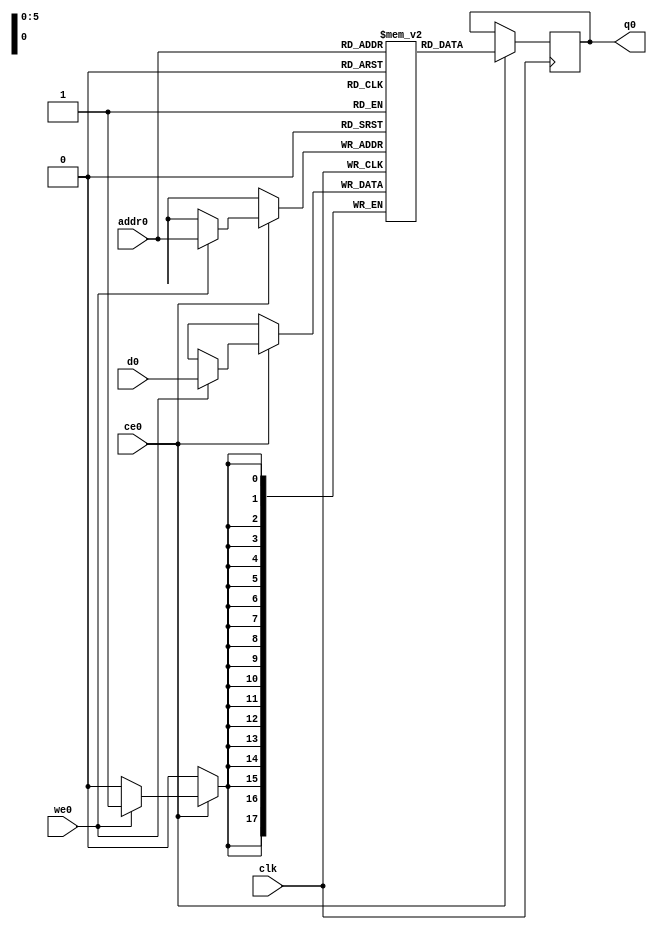
// ==============================================================
// Vivado(TM) HLS - High-Level Synthesis from C, C++ and SystemC v2019.2 (64-bit)
// Copyright 1986-2019 Xilinx, Inc. All Rights Reserved.
// ==============================================================
`timescale 1 ns / 1 ps
module conv_2d_cl_ss_ap_fixed_ap_fixed_18_8_5_3_0_config16_s_tmptde_ram (addr0, ce0, d0, we0, q0,  clk);

parameter DWIDTH = 18;
parameter AWIDTH = 6;
parameter MEM_SIZE = 48;

input[AWIDTH-1:0] addr0;
input ce0;
input[DWIDTH-1:0] d0;
input we0;
output reg[DWIDTH-1:0] q0;
input clk;

(* ram_style = "distributed" *)reg [DWIDTH-1:0] ram[0:MEM_SIZE-1];




always @(posedge clk)  
begin 
    if (ce0) begin
        if (we0) 
            ram[addr0] <= d0; 
        q0 <= ram[addr0];
    end
end


endmodule

`timescale 1 ns / 1 ps
module conv_2d_cl_ss_ap_fixed_ap_fixed_18_8_5_3_0_config16_s_tmptde(
    reset,
    clk,
    address0,
    ce0,
    we0,
    d0,
    q0);

parameter DataWidth = 32'd18;
parameter AddressRange = 32'd48;
parameter AddressWidth = 32'd6;
input reset;
input clk;
input[AddressWidth - 1:0] address0;
input ce0;
input we0;
input[DataWidth - 1:0] d0;
output[DataWidth - 1:0] q0;



conv_2d_cl_ss_ap_fixed_ap_fixed_18_8_5_3_0_config16_s_tmptde_ram conv_2d_cl_ss_ap_fixed_ap_fixed_18_8_5_3_0_config16_s_tmptde_ram_U(
    .clk( clk ),
    .addr0( address0 ),
    .ce0( ce0 ),
    .we0( we0 ),
    .d0( d0 ),
    .q0( q0 ));

endmodule